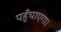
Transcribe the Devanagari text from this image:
पहुँचाएगा।